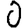
Digit: 0